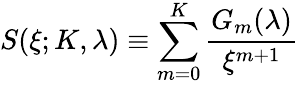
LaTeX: S(\xi;K,\lambda)\equiv\sum_{m=0}^{K}\frac{G_{m}(\lambda)}{\xi^{m+1}}